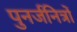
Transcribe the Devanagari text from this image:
पुनर्जनित्रों